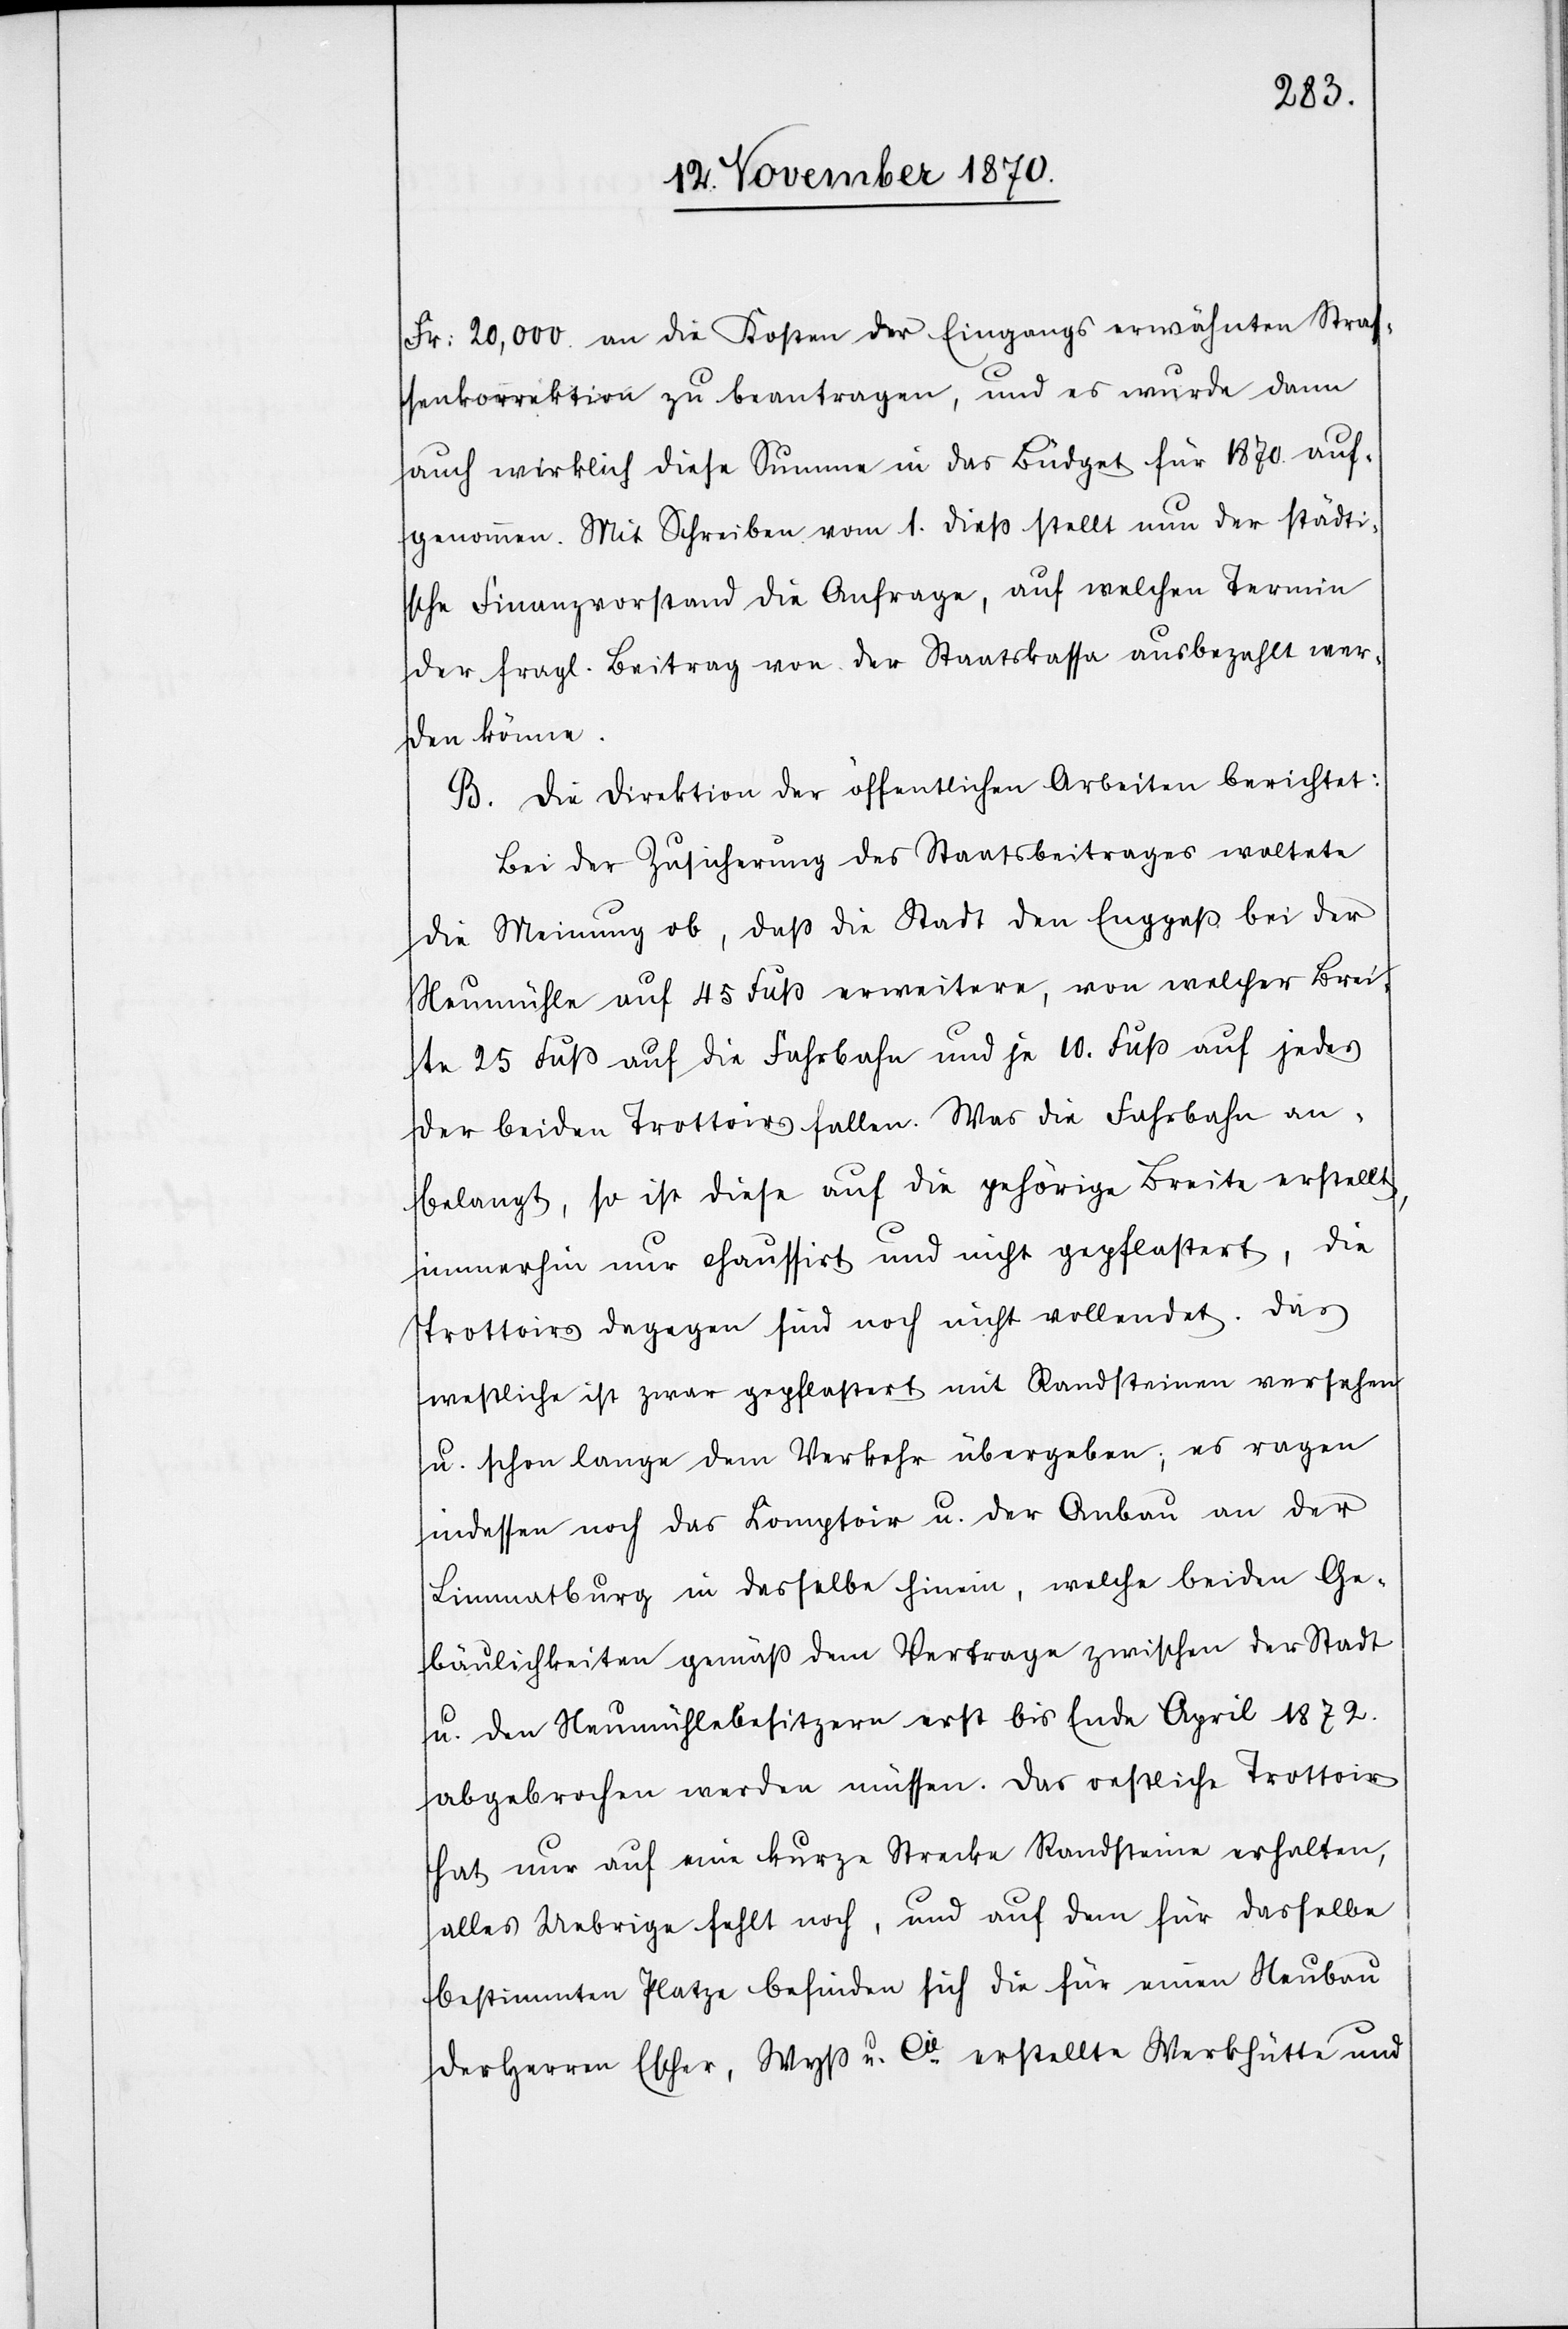
Fr: 20,000 an die Kosten der Eingangs erwähnten Stras¬
senkorrektion zu beantragen, und es wurde dann
auch wirklich diese Summe in das Büdget für 1870 auf¬
genommen. Mit Schreiben vom 1. dieß stellt nun der städti¬
sche Finanzvorstand die Anfrage, auf welchen Termin
der fragl. Beitrag von der Staatskasse ausbezahlt wer¬
den könne.
B. Die Direktion der öffentlichen Arbeiten berichtet:
Bei der Zusicherung des Staatsbeitrages waltete
die Meinung ob, daß die Stadt den Engpaß bei der
Neumühle auf 45 Fuß erweitere, von welcher Brei¬
te 25 Fuß auf die Fahrbahn und je 10. Fuß auf jedes
der beiden Trottoirs fallen. Was die Fahrbahn an¬
belangt, so ist diese auf die gehörige Breite erstellt,
immerhin nur chaussirt und nicht gepflastert, die
Trottoirs dagegen sind noch nicht vollendet. Das
westliche ist zwar gepflastert mit Randsteinen versehen
u. schon lange dem Verkehr übergeben; es ragen
indessen noch das Komptoir u. der Anbau an der
Limmatburg in dasselbe hinein, welche beiden Ge¬
bäulichkeiten gemäß dem Vertrage zwischen der Stadt
u. den Neumühlebesitzern erst bis Ende April 1872.
abgebrochen werden müssen. Das oestliche Trottoir
hat nur auf eine kurze Strecke Randsteine erhalten,
alles Uebrige fehlt noch, und auf dem für dasselbe
bestimmten Platze befinden sich die für einen Neubau
der Herren Escher, Wyß u. Cie. erstellte Werkhütte und